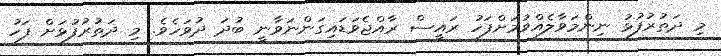
މި ދަތުރުފުޅު ނިންމަވާލެއްވުމަށްފަހު ރައީސް ރާއްޖެވަޑައިގަންނަވާނީ ބުދަ ދުވަހެވެ. މި ދަތުރުފުޅަށް ފަހު